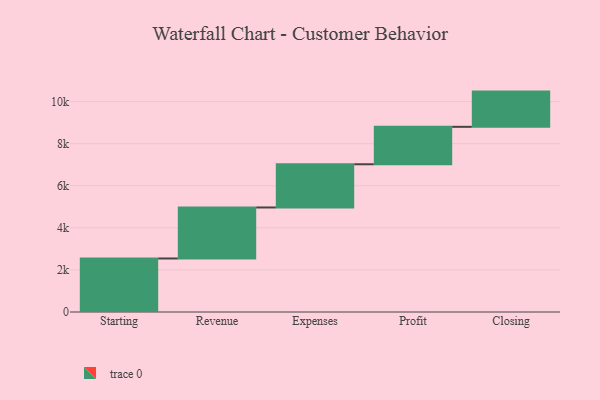
{"axis": {"x": "Step", "y": "Value"}, "legend": [""], "data": [{"x": "Starting", "y": 2544.0, "type": ""}, {"x": "Revenue", "y": 2425.0, "type": ""}, {"x": "Expenses", "y": 2054.0, "type": ""}, {"x": "Profit", "y": 1780.0, "type": ""}, {"x": "Closing", "y": 1674.0, "type": ""}]}